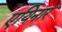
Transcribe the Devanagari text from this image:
एयिनार